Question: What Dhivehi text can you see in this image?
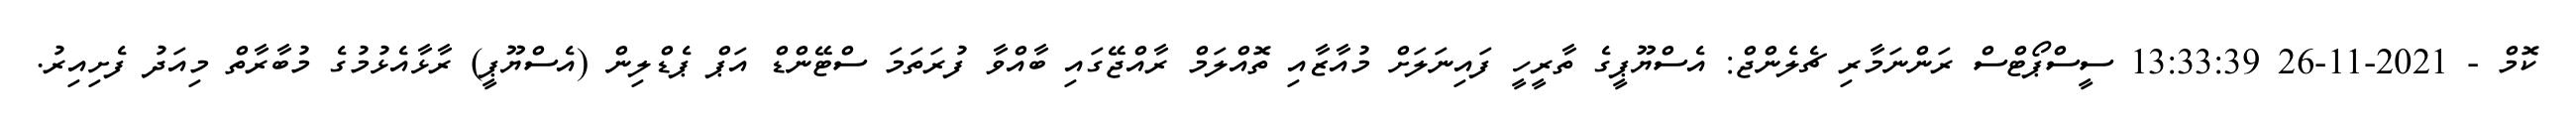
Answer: ކޮމް - 2021-11-26 13:33:39 ސީސްޕޯޓްސް ރަންނަމާރި ޗެލެންޖް: އެސްޔޫޕީގެ ތާރީހީ ފައިނަލަށް މުއާޒާއި ތޮއްލަމް ރާއްޖޭގައި ބާއްވާ ފުރަތަމަ ސްޓޭންޑް އަޕް ޕެޑްލިން (އެސްޔޫޕީ) ރާޅާއެޅުމުގެ މުބާރާތް މިއަދު ފެށިއިރު.